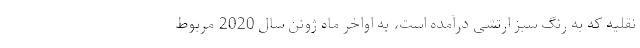
نقلیه که به رنگ سبز ارتشی درآمده است، به اواخر ماه ژوئن سال 2020 مربوط